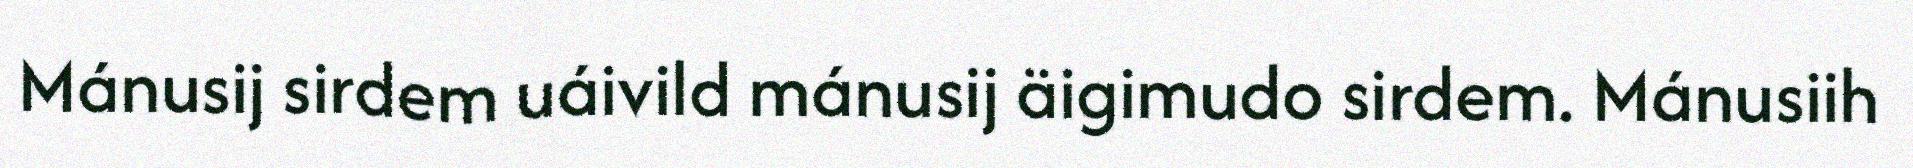
Mánusij sirdem uáivild mánusij äigimudo sirdem. Mánusiih